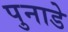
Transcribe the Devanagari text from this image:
पुनाडे